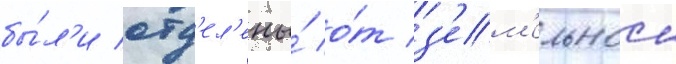
бы́л'и отд'ел'ены́ о́т з'ем'ельнои